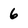
Character: 6